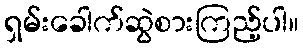
ရှမ်းခေါက်ဆွဲစားကြည့်ပါ။